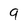
Character: 9